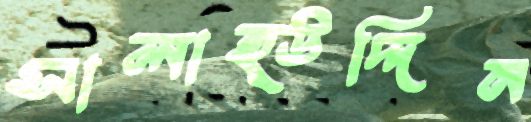
সালাহ্উদ্দিন